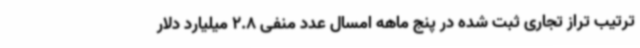
ترتیب تراز تجاری ثبت شده در پنج ماهه امسال عدد منفی 2.8 میلیارد دلار